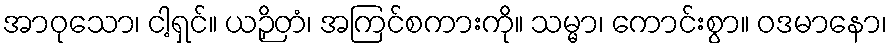
အာဝုသော၊ ငါ့ရှင်။ ယဉှိတံ၊ အကြင်စကားကို။ သမ္မာ၊ ကောင်းစွာ။ ဝဒမာနော၊